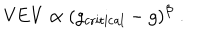
LaTeX: \mathrm { V E V } \propto ( g _ { \mathrm { c r i t i c a l } } - g ) ^ { \beta } \; .